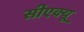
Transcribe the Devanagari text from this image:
सीएक्यू